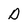
Character: D